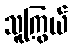
သူကြွယ်